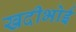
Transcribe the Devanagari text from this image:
खदीभोई